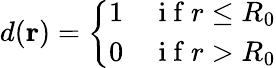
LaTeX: d(\mathbf{r})=\left\{ \begin{array}{ll}{1}&{\mathrm{~i~f~}r\leq R_{0}}\\ {0}&{\mathrm{~i~f~}r>R_{0}}\end{array}\right.